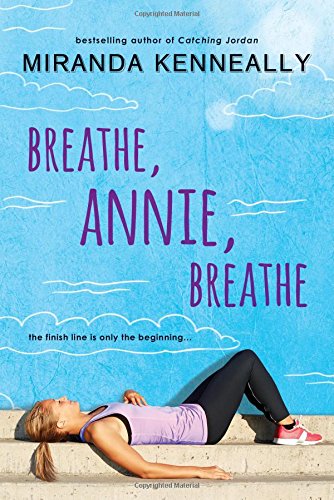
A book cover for Breathe, Annie, Breathe; Miranda Kenneally; Teen & Young Adult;